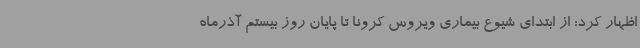
اظهار کرد: از ابتدای شیوع بیماری ویروس کرونا تا پایان روز بیستم آذرماه